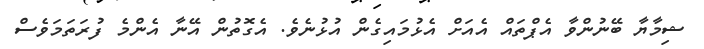
ޝިމާޔާ ބޭނުންވާ އެޕްތައް އެއަށް އެޅުމައިގެން އުޅުނެވެ. އެގޮތުން އޭނާ އެންމެ ފުރަތަމަވެސް